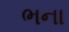
ભના